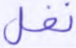
نفل